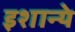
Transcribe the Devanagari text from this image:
इशान्ये